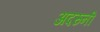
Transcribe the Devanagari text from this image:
अदरुनी